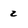
Character: 2